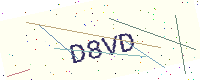
Text: D8VD